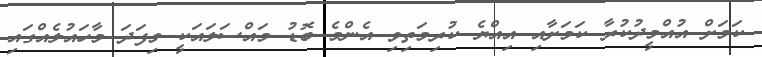
ކަމަށް އުއްމީދުކުރާ ކަމަށާއި އިއްޔެ ކުރިމަތިވި އެންމެ ބޮޑު މައްސަލައަކީ މިފަދަ މާހައުލެއްގައި